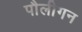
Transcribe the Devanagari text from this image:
पौलीगन